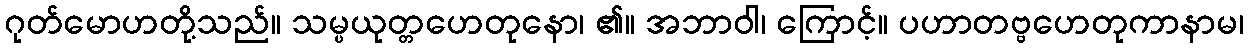
ဂုတ်မောဟတို့သည်။ သမ္ပယုတ္တဟေတုနော၊ ၏။ အဘာဝါ၊ ကြောင့်။ ပဟာတဗ္ဗဟေတုကာနာမ၊